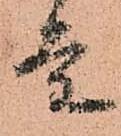
条